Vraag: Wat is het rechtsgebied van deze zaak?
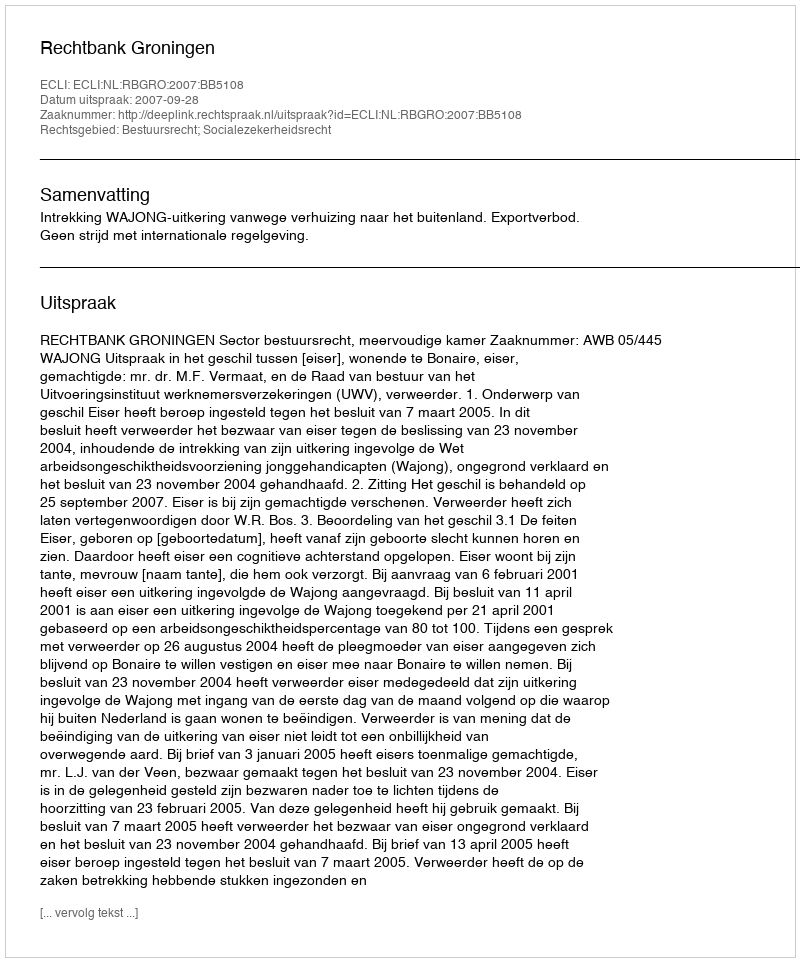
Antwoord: Bestuursrecht; Socialezekerheidsrecht